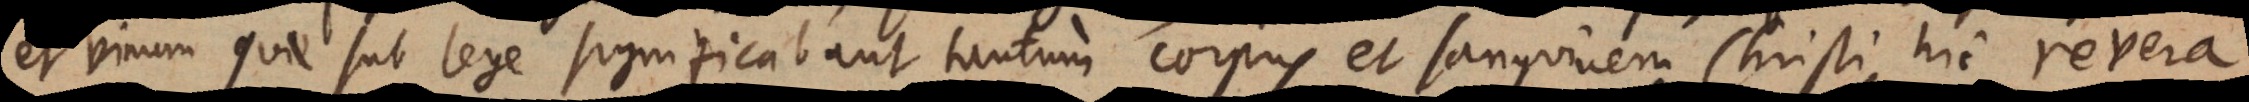
et vinum quae sub lege significabant tantum corpus et sanguinem Christi, hic revera